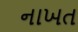
નાખત